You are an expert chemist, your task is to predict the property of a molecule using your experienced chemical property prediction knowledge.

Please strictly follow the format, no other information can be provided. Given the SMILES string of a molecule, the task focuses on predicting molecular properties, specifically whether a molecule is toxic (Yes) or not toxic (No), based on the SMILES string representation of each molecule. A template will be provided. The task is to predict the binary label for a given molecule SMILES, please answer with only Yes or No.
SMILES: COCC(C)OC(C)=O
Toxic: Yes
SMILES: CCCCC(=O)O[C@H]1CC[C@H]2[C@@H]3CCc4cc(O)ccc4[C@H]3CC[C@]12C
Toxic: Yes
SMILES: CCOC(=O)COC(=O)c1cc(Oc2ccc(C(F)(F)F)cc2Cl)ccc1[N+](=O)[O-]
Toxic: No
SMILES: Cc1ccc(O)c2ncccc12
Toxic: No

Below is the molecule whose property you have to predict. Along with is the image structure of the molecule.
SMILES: CC1CCc2cc(F)cc3c(=O)c(C(=O)O)cn1c23
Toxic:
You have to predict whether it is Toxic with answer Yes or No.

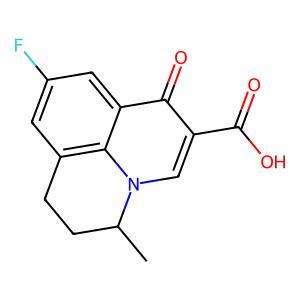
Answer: No